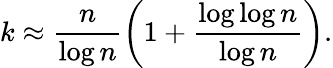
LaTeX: k\approx\frac{n}{\log n}\left(1+\frac{\log\log n}{\log n}\right).